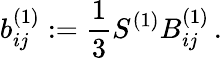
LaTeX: b_{ij}^{(1)}:=\frac{1}{3}S^{(1)}B_{ij}^{(1)}\, .